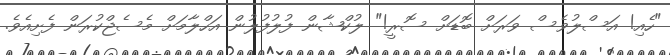
"ހެއި! އަސްލުވެސް ވަރަށް ބޮޑަށް ސޮރީ!" ލުކްޝާން ފުލުފުލުން އަހްލާމަށް މެސެޖްކުރަން ފެށިއެވެ.